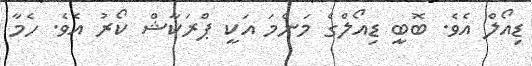
ޑިއޯލް އެވެ. ބޮބީ ޑިއޯލްގެ މަންމަ އަކީ ޕްރަކާޝް ކޯރު އެވެ. ހެމާ